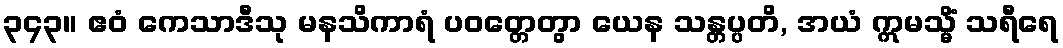
၃၄၃။ ဧဝံ ကေသာဒီသု မနသိကာရံ ပဝတ္တေတွာ ယေန သန္တပ္ပတိ, အယံ ဣမသ္မိံ သရီရေ